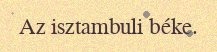
Az isztambuli béke.